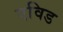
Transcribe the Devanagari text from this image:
एविड